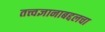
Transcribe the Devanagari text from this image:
तत्त्वज्ञानाबद्दलचा